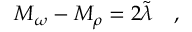
\quad M _ { \omega } - M _ { \rho } = 2 \tilde { \lambda } \quad ,